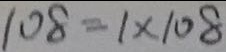
1 0 8 = 1 \times 1 0 8